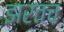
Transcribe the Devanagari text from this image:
झरतच